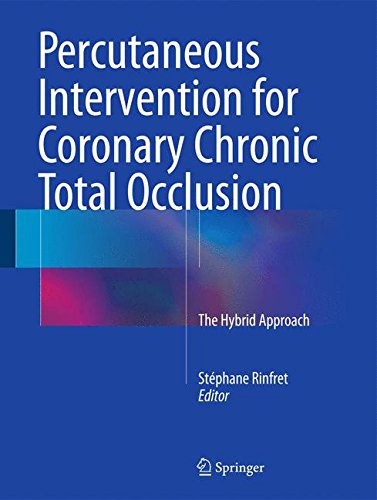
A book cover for Percutaneous Intervention for Coronary Chronic Total Occlusion: The Hybrid Approach; Medical Books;